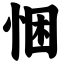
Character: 悃